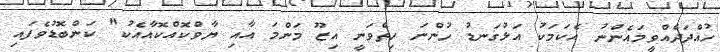
ހުއްދަދެއްވީމައެންނު އެކަމަކު އަޅުގަނޑު ހުންނަ ހިތްވަނީ އިޒޫ މަންމަ އާއި ޔާވްކޮއްކޮއާއެކު" ކަންބޮޑުވެފައި